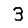
Digit: 3